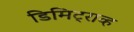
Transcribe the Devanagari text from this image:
डिमिट्राव्ह